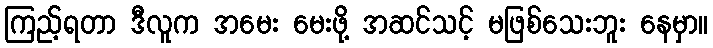
ကြည့်ရတာ ဒီလူက အမေး မေးဖို့ အဆင်သင့် မဖြစ်သေးဘူး နေမှာ။